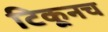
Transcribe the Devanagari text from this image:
टिकूनच